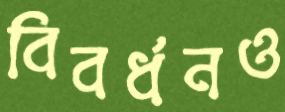
বিবর্ধনও